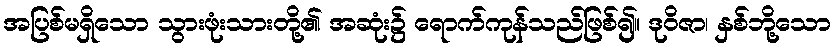
အပြစ်မရှိသော သွားဖုံးသားတို့၏ အဆုံး၌ ရောက်ကုန်သည်ဖြစ်၍။ ဒုဝိဇာ၊ နှစ်ဘို့သော